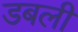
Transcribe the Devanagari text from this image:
डबली